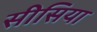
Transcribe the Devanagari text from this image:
सीसिया